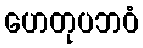
ဟေတုပဘဝံ